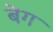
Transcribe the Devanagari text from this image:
बॆग